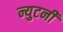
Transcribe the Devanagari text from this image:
न्युटनी